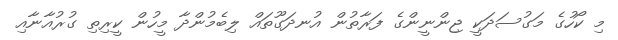
މި ކޯހުގެ މަގުސަދަކީ ޖިންނީންގެ ފަރާތުން އުނދަގޫތައް ލިބެމުންދާ މީހުން ކީރިތި ގުރުއާނާއި